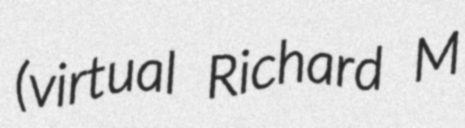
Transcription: (virtual Richard M